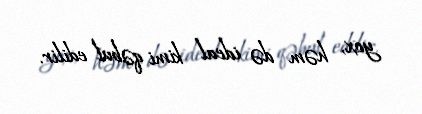
yox, həm də ideal kimi qəbul edilir.